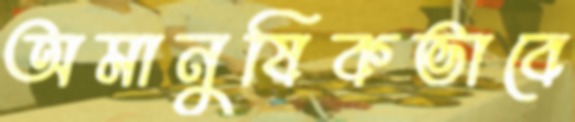
অমানুষিকভাবে